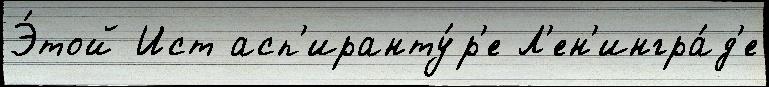
Э́той Ист асп'иранту́р'е Л'ен'ингра́д'е